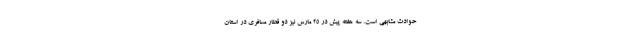
حوادث مشابهی است. سه هفته پیش در ۲۵ مارس نیز دو قطار مسافری در استان